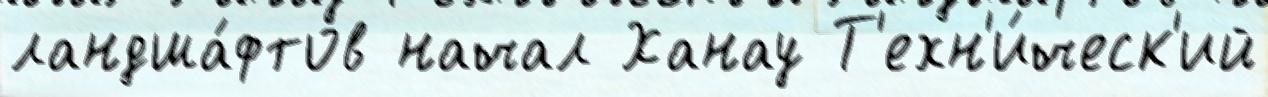
ландша́фтов начал Ханау Т'ехн'и́ческ'ий